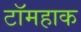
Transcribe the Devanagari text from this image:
टॉमहाक